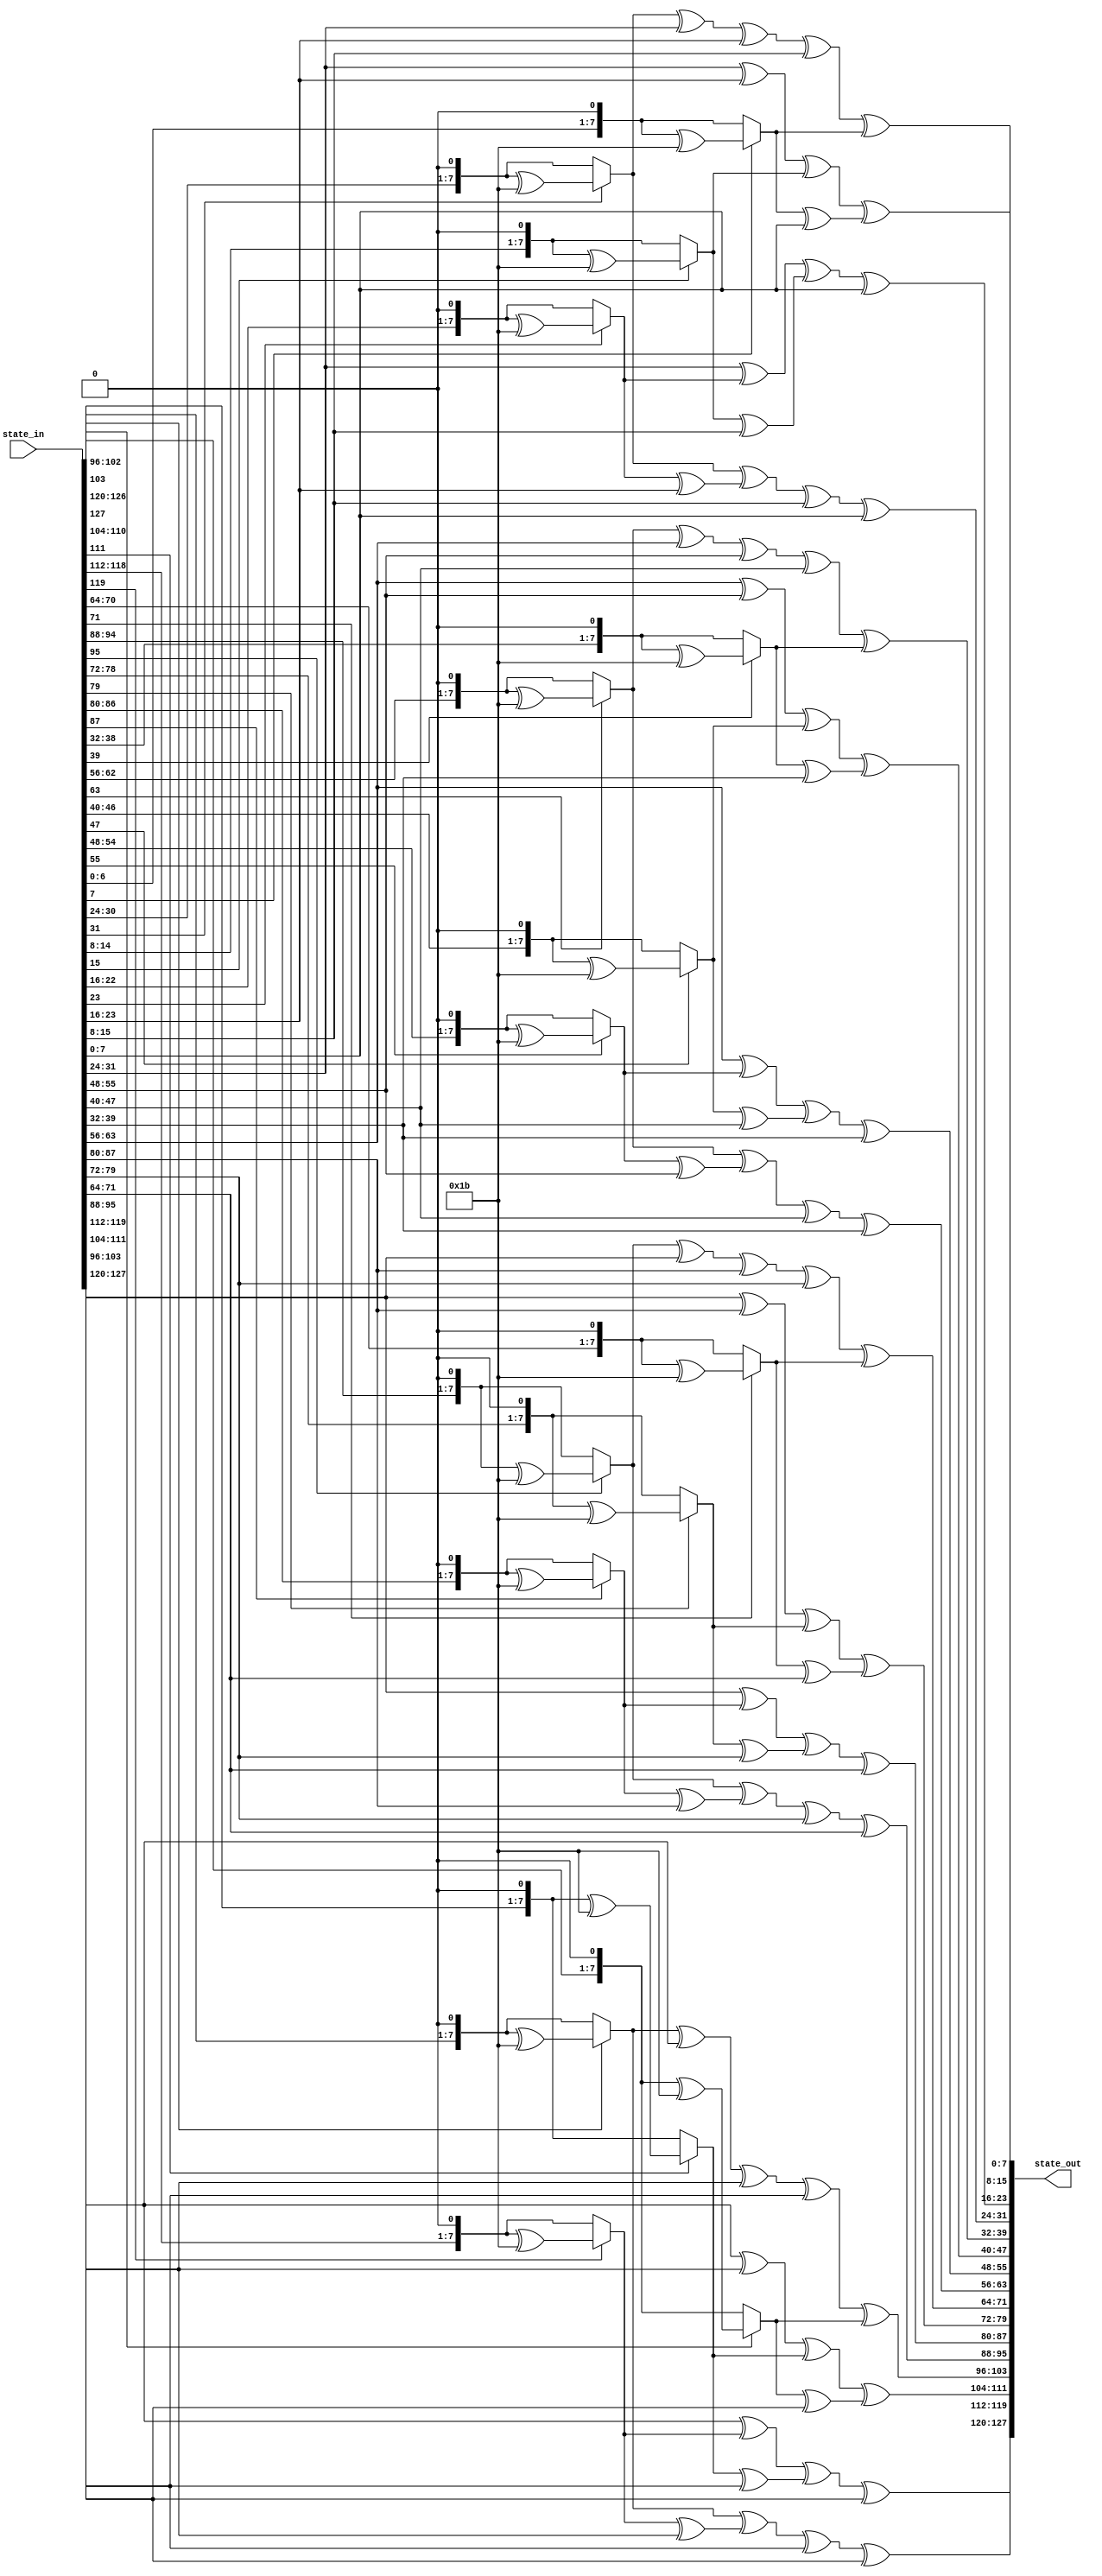
`timescale 1ns / 1ps
//////////////////////////////////////////////////////////////////////////////////
// Company: 
// Engineer: 
// 
// Design Name: 
// Module Name: MixColumns
// Project Name: 
// Target Devices: 
// Tool Versions: 
// Description: 
// 
// Dependencies: 
// 
// Revision:
// Revision 0.01 - File Created
// Additional Comments:
// 
//////////////////////////////////////////////////////////////////////////////////

module MixColumns(
    input [127:0] state_in,
    output[127:0] state_out
);

    function [7:0] mul_by_2; //multiply by 2
        input [7:0] x;
        begin 
                /* multiplication by 2 is shifting on bit to the left, if the original 8 bits had a 1 in the MSB,
                then xoring the result with {01}{1b} as it is the reduction polynomial as modulo operator
                but x is having 8 bits so xor with '01' won't make any sense*/
                if(x[7] == 1) mul_by_2 = ((x << 1) ^ 8'h1b);
                else mul_by_2 = x << 1; 
        end 	
    endfunction
    
    
    /* 
        multiplication by 3 is done using the distributive law: x*3 = x*(2 + 1)
            multiplication by {02} xor(the original x)
            so that 2+1=3. where xor is the addition of elements in finite fields
    */
    function [7:0] mul_by_3; //multiply by 3
        input [7:0] x;
        begin 
                
                mul_by_3 = mul_by_2(x) ^ x;
        end 
    endfunction
    
    genvar i;
    generate 
        for(i=0;i< 4;i=i+1) begin : m_col

            assign state_out[(i*32 + 24)+:8]= mul_by_2(state_in[(i*32 + 24)+:8]) ^ mul_by_3(state_in[(i*32 + 16)+:8]) ^ state_in[(i*32 + 8)+:8] ^ state_in[i*32+:8];
            assign state_out[(i*32 + 16)+:8]= state_in[(i*32 + 24)+:8] ^ mul_by_2(state_in[(i*32 + 16)+:8]) ^ mul_by_3(state_in[(i*32 + 8)+:8]) ^ state_in[i*32+:8];
            assign state_out[(i*32 + 8)+:8]= state_in[(i*32 + 24)+:8] ^ state_in[(i*32 + 16)+:8] ^ mul_by_2(state_in[(i*32 + 8)+:8]) ^ mul_by_3(state_in[i*32+:8]);
            assign state_out[i*32+:8]= mul_by_3(state_in[(i*32 + 24)+:8]) ^ state_in[(i*32 + 16)+:8] ^ state_in[(i*32 + 8)+:8] ^ mul_by_2(state_in[i*32+:8]);
        
        end
    
    endgenerate

endmodule